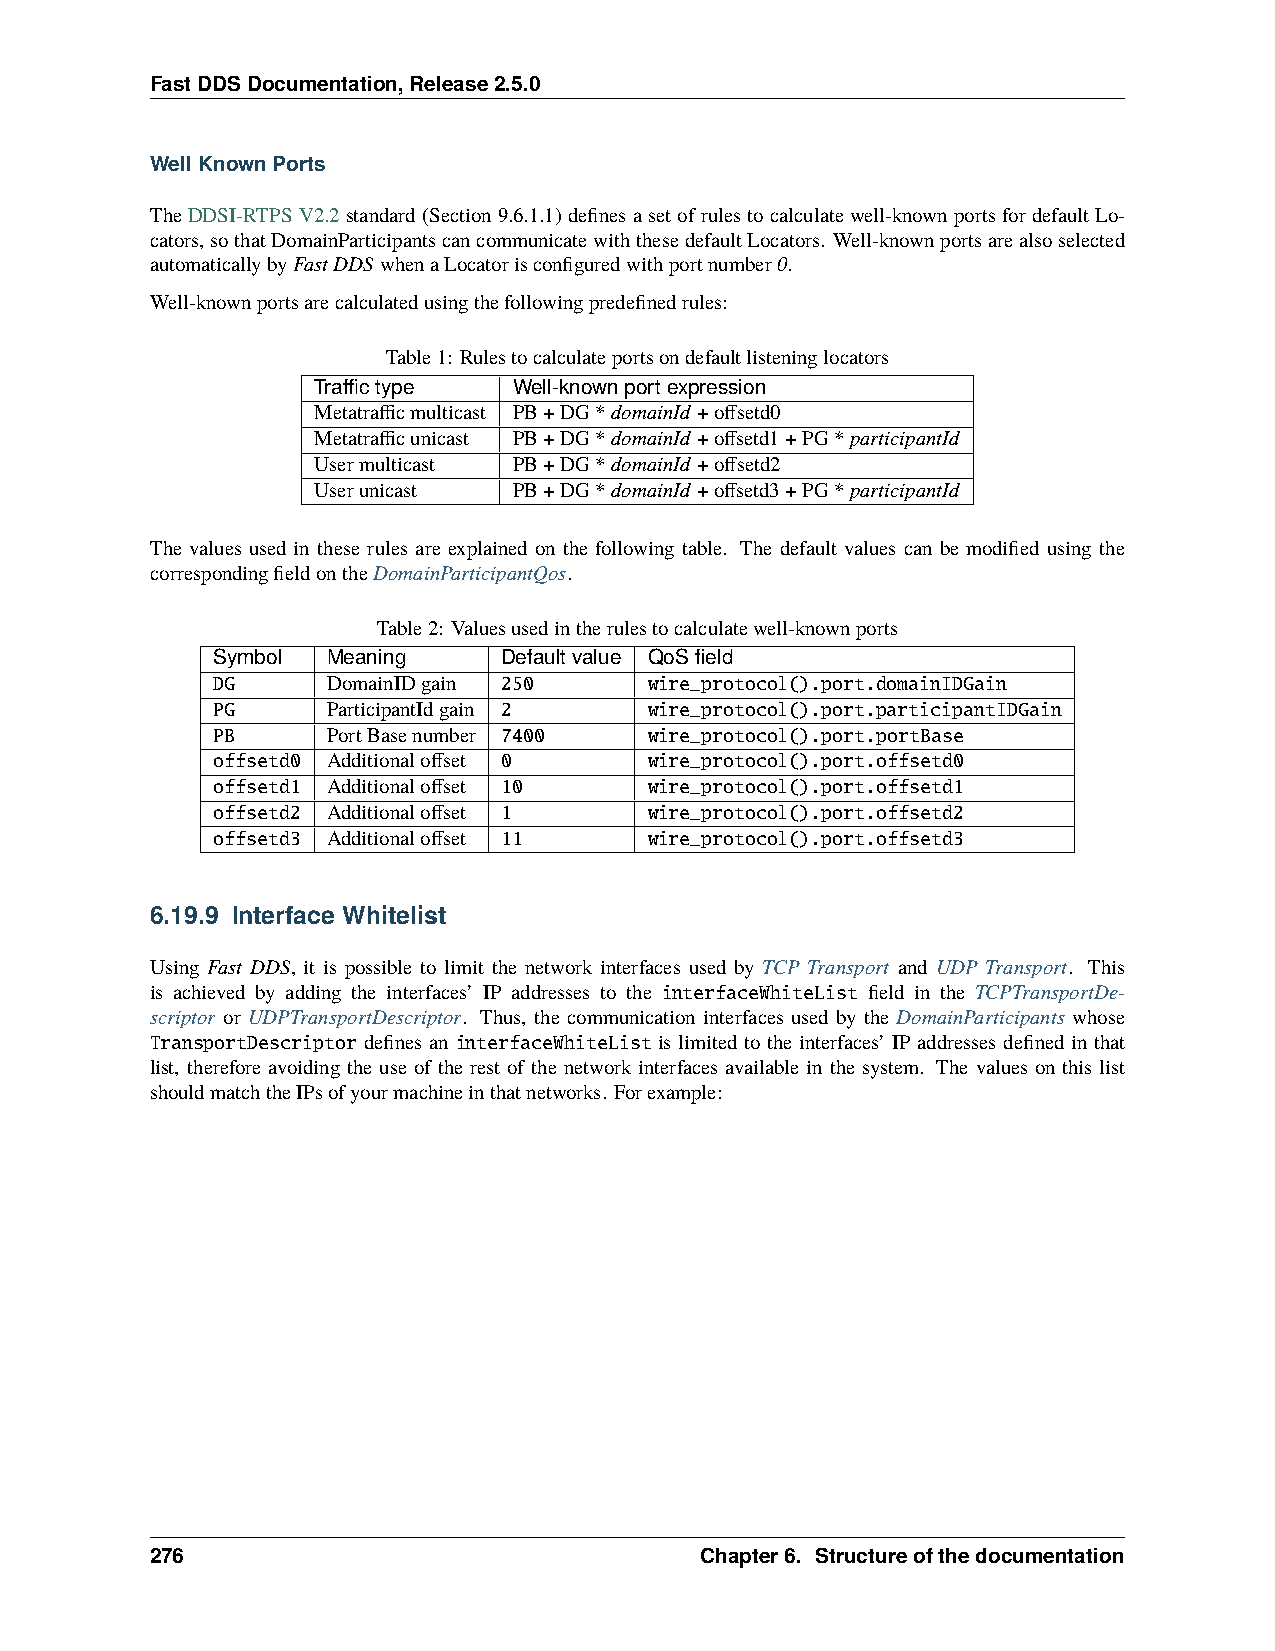
FastDDSDocumentation,Release2.5.0
 WellKnownPorts
 TheDDSI-RTPSV2.2standard(Section9.6.1.1)definesasetofrulestocalculatewell-knownportsfordefaultLo-
 cators,sothatDomainParticipantscancommunicatewiththesedefaultLocators. Well-knownportsarealsoselected
 automaticallybyFastDDSwhenaLocatorisconfiguredwithportnumber0.
 Well-knownportsarecalculatedusingthefollowingpredefinedrules:
 Table1: Rulestocalculateportsondefaultlisteninglocators
 Traffictype  Well-knownportexpression
 Metatrafficmulticast PB+DG*domainId +offsetd0
 Metatrafficunicast PB+DG*domainId +offsetd1+PG*participantId
 Usermulticast PB+DG*domainId +offsetd2
 Userunicast  PB+DG*domainId +offsetd3+PG*participantId
 The values used in these rules are explained on the following table. The default values can be modified using the
 correspondingfieldontheDomainParticipantQos.
 Table2: Valuesusedintherulestocalculatewell-knownports
 Symbol  Meaning    Defaultvalue QoSfield
 DG      DomainIDgain 250     wire_protocol().port.domainIDGain
 PG      ParticipantIdgain 2  wire_protocol().port.participantIDGain
 PB      PortBasenumber 7400  wire_protocol().port.portBase
 offsetd0 Additionaloffset 0  wire_protocol().port.offsetd0
 offsetd1 Additionaloffset 10 wire_protocol().port.offsetd1
 offsetd2 Additionaloffset 1  wire_protocol().port.offsetd2
 offsetd3 Additionaloffset 11 wire_protocol().port.offsetd3
 6.19.9 Interface Whitelist
 Using Fast DDS, it is possible to limit the network interfaces used by TCP Transport and UDP Transport. This
 is achieved by adding the interfaces’ IP addresses to the interfaceWhiteList field in the TCPTransportDe-
 scriptor or UDPTransportDescriptor. Thus, the communication interfaces used by the DomainParticipants whose
 TransportDescriptor defines an interfaceWhiteList is limited to the interfaces’ IP addresses defined in that
 list, therefore avoiding the use of the rest of the network interfaces available in the system. The values on this list
 shouldmatchtheIPsofyourmachineinthatnetworks. Forexample:
 276                                 Chapter6. Structureofthedocumentation